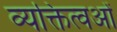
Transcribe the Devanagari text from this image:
व्यक्तित्वओं